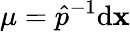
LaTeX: \mu=\hat{p}^{-1}\mathrm d\mathbf x